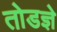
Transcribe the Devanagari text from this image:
तोडज्ञे